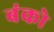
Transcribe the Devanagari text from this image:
बंको